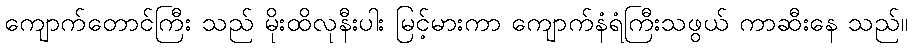
ကျောက်တောင်ကြီး သည် မိုးထိလုနီးပါး မြင့်မားကာ ကျောက်နံရံကြီးသဖွယ် ကာဆီးနေ သည်။